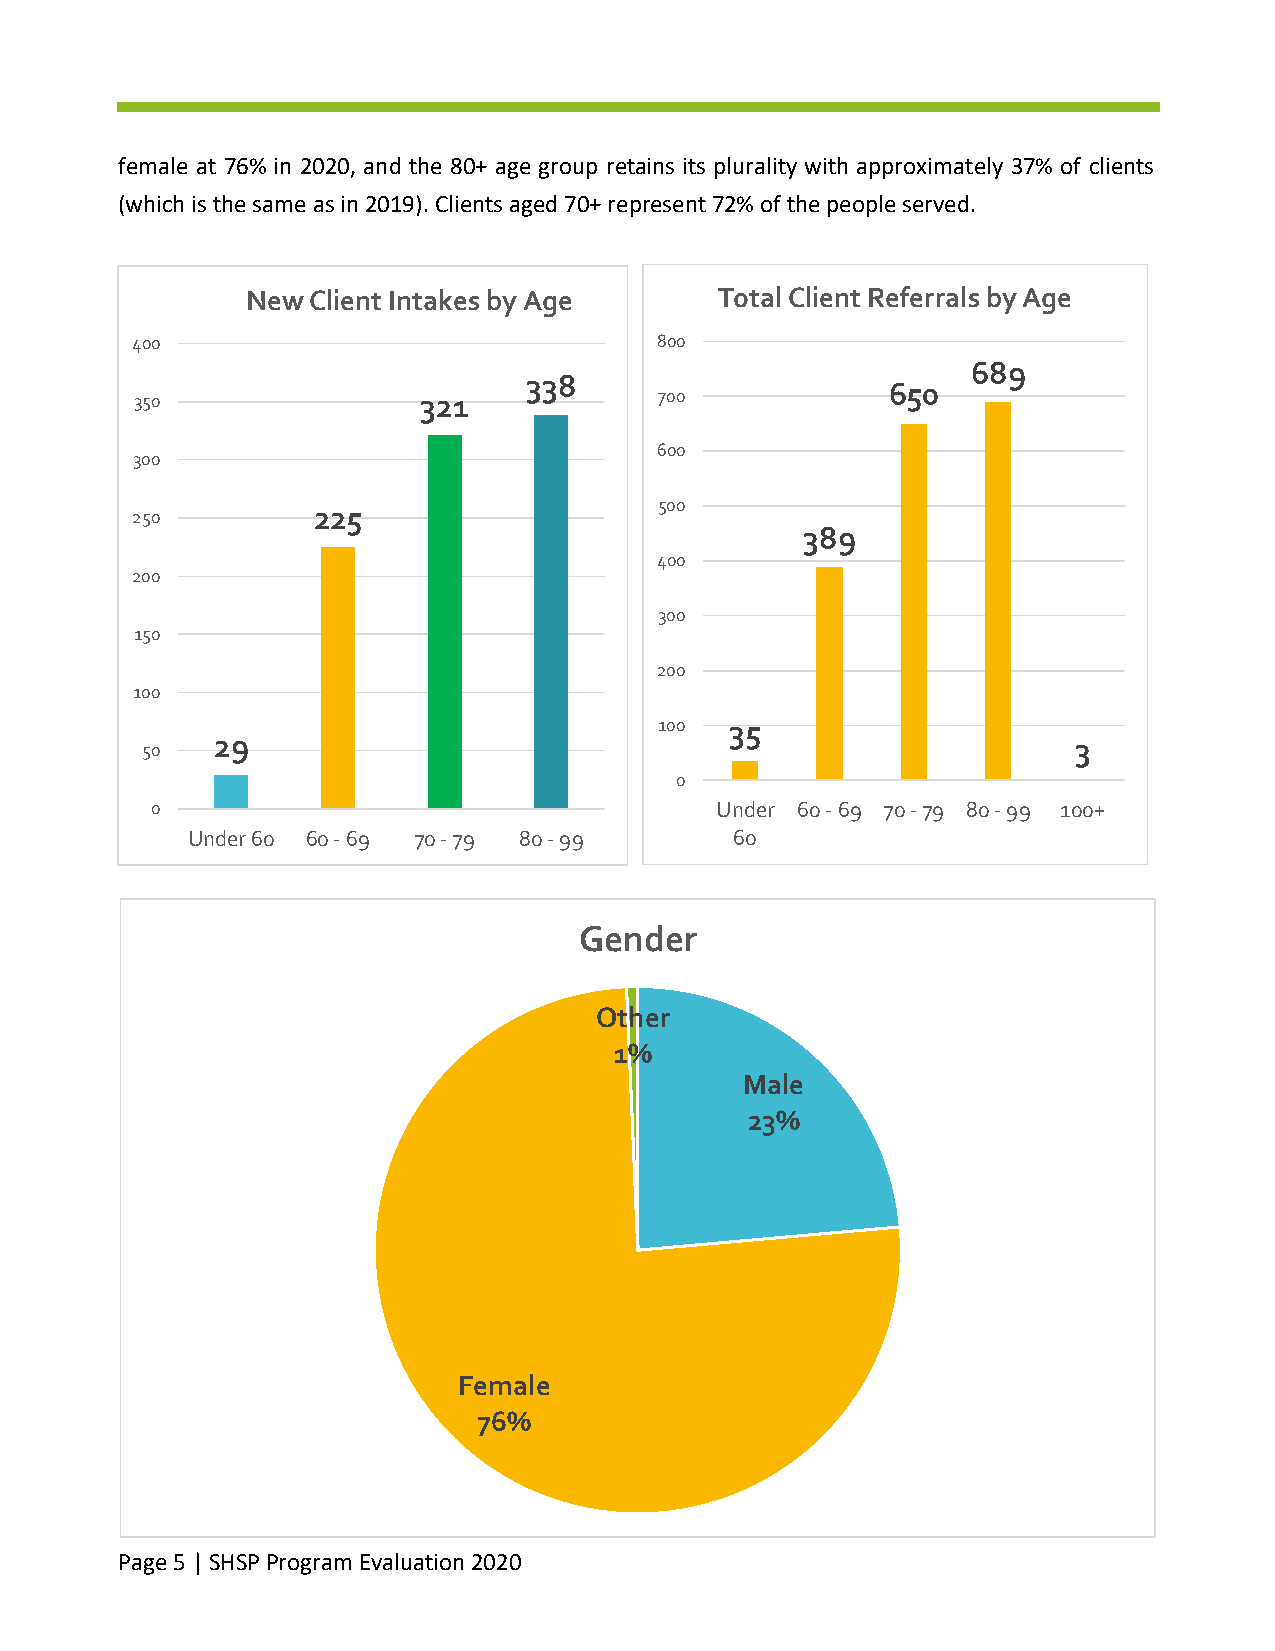
female at 76% in 2020, and the 80+ age group retains its plurality with approximately 37% of clients
 (which is the same as in 2019). Clients aged 70+ represent 72% of the people served.
 New Client Intakes by Age       Total Client Referrals by Age
 400                               800
 689
 338
 650
 350                321             700
 600
 300
 500
 250         225
 389
 400
 200
 300
 150
 200
 100
 100 35
 29                                                       3
 50
 0
 0                                    Under 60 - 69 70 - 79 80 - 99 100+
 Under 60 60 - 69 70 - 79 80 - 99     60
 Gender
 Other
 1%
 Male
 23%
 Female
 76%
 Page 5 | SHSP Program Evaluation 2020